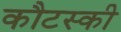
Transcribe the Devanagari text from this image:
कौटस्की